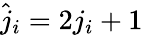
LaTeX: \hat{j}_{i}=2j_{i}+1